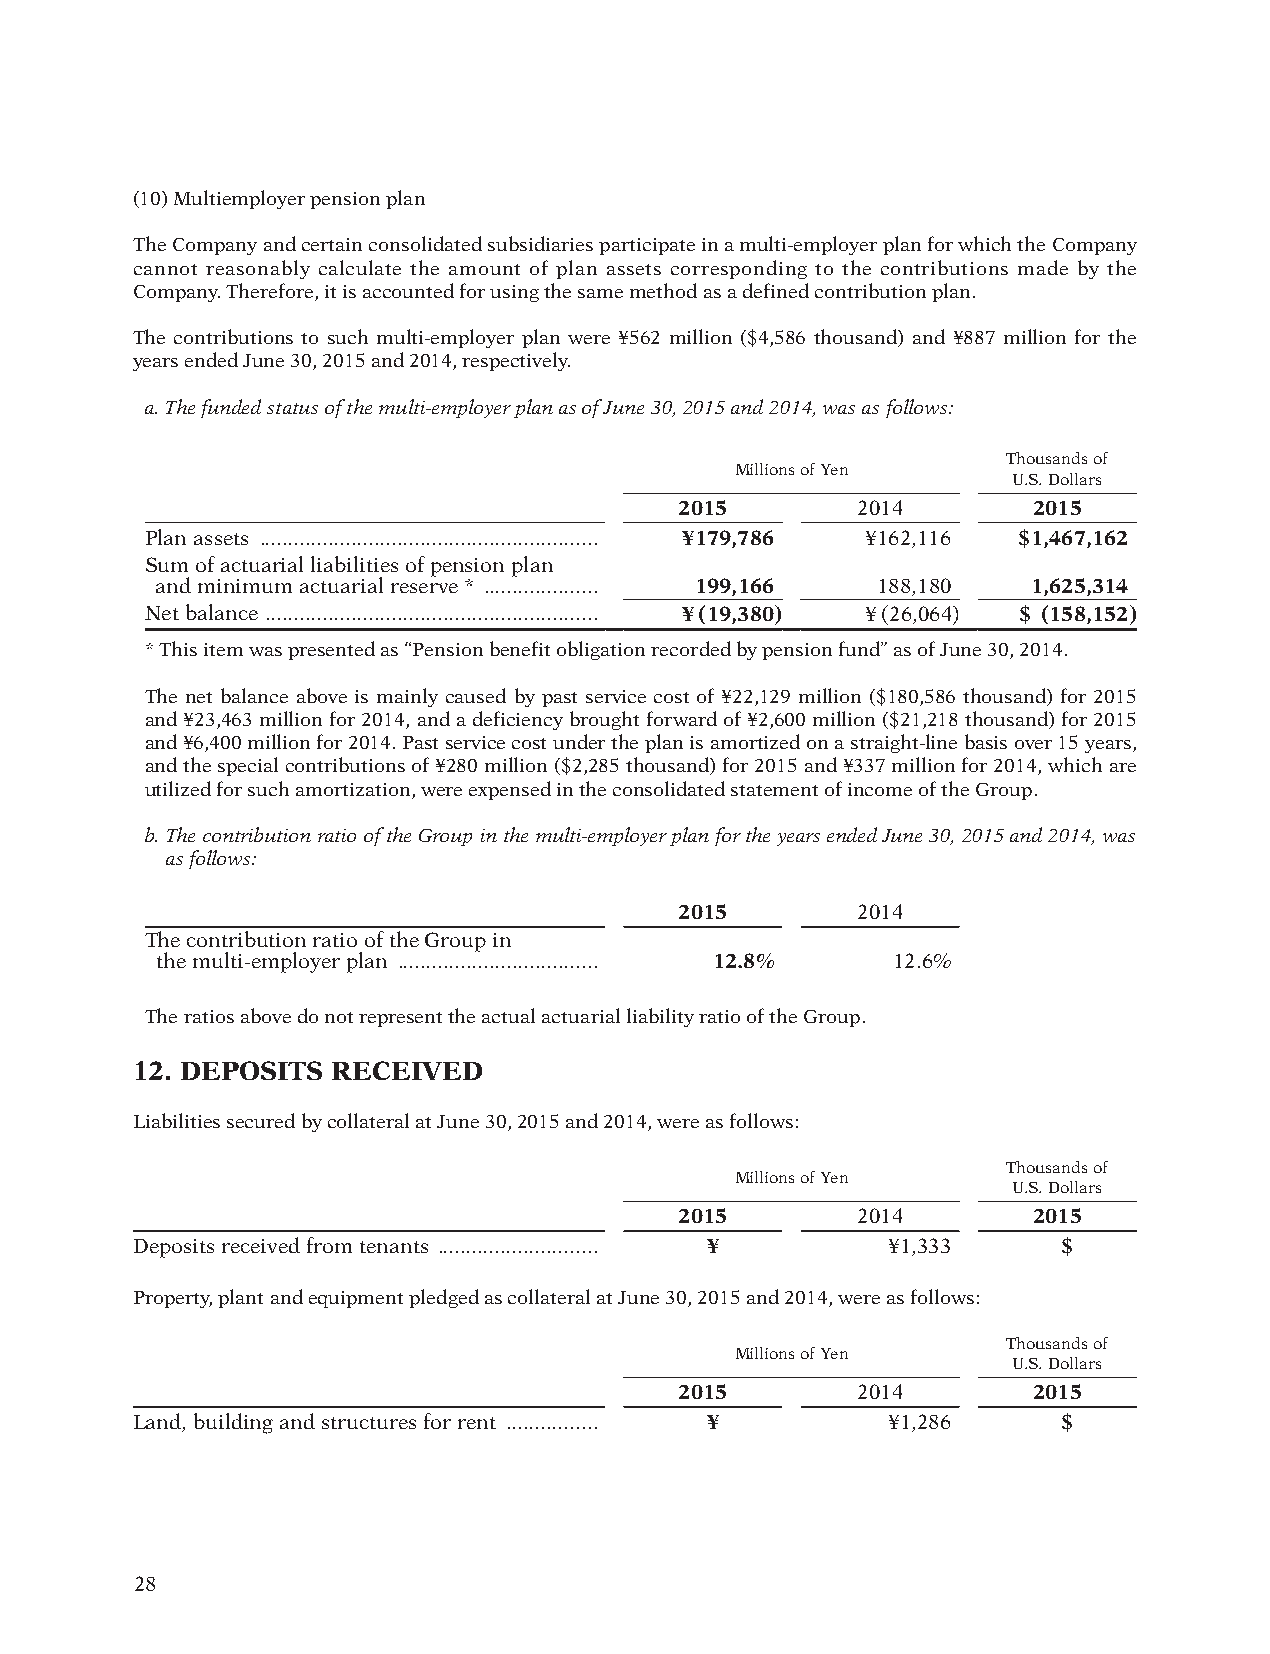
(10) Multiemployer pension plan
 The Company and certain consolidated subsidiaries participate in a multi-employer plan for which the Company
 cannot reasonably calculate the amount of plan assets corresponding to the contributions made by the
 Company. Therefore, it is accounted for using the same method as a defined contribution plan.
 The contributions to such multi-employer plan were ¥562 million ($4,586 thousand) and ¥887 million for the
 years ended June 30, 2015 and 2014, respectively.
 a. The funded status of the multi-employer plan as of June 30, 2015 and 2014, was as follows:
 Thousands of
 Millions of Yen
 U.S. Dollars
 2015        2014       2015
 Plan assets ........................................................... ¥179,786 ¥162,116 $1,467,162
 Sum of actuarial liabilities of pension plan
 and minimum actuarial reserve * .................... 199,166 188,180 1,625,314
 Net balance .......................................................... ¥ (19,380) ¥ (26,064) $ (158,152)
 * This item was presented as “Pension benefit obligation recorded by pension fund” as of June 30, 2014.
 The net balance above is mainly caused by past service cost of ¥22,129 million ($180,586 thousand) for 2015
 and ¥23,463 million for 2014, and a deficiency brought forward of ¥2,600 million ($21,218 thousand) for 2015
 and ¥6,400 million for 2014. Past service cost under the plan is amortized on a straight-line basis over 15 years,
 and the special contributions of ¥280 million ($2,285 thousand) for 2015 and ¥337 million for 2014, which are
 utilized for such amortization, were expensed in the consolidated statement of income of the Group.
 b. The contribution ratio of the Group in the multi-employer plan for the years ended June 30, 2015 and 2014, was
 as follows:
 2015        2014
 The contribution ratio of the Group in
 the multi-employer plan ................................... 12.8% 12.6%
 The ratios above do not represent the actual actuarial liability ratio of the Group.
 12. DEPOSITS RECEIVED
 Liabilities secured by collateral at June 30, 2015 and 2014, were as follows:
 Thousands of
 Millions of Yen
 U.S. Dollars
 2015        2014       2015
 Deposits received from tenants ............................ ¥ ¥1,333 $
 Property, plant and equipment pledged as collateral at June 30, 2015 and 2014, were as follows:
 Thousands of
 Millions of Yen
 U.S. Dollars
 2015        2014       2015
 Land, building and structures for rent ................ ¥ ¥1,286 $
 28
 012_0612001372710.indd 28                                              2015/11/16 22:22:16